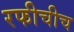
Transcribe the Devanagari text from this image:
रफीचीच